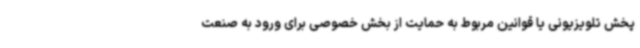
پخش تلویزیونی یا قوانین مربوط به حمایت از بخش خصوصی برای ورود به صنعت